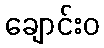
ချောင်းဝ